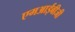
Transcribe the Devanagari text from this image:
एमआईबीजी